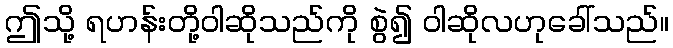
ဤသို့ ရဟန်းတို့ဝါဆိုသည်ကို စွဲ၍ ဝါဆိုလဟုခေါ်သည်။